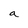
Character: a